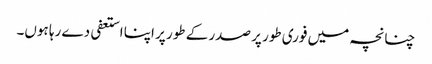
چنانچہ میں فوری طور پر صدر کے طور پر اپنا استعفی دے رہا ہوں۔